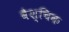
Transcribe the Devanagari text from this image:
वैश्चिक